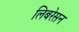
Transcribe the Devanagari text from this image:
लिबरेसन